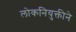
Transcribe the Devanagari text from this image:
लोकनियुक्तीने